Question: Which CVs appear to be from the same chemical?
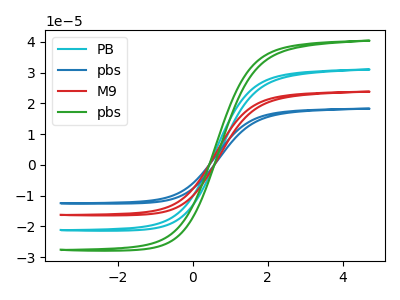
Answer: <think>The cyan curve "PB" has no peaks. The blue curve "pbs" has no peaks. The red curve "M9" has no peaks. The green curve "pbs" has no peaks.
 Neither "PB" or "pbs" have any peaks. Neither "PB" or "M9" have any peaks. Neither "PB" or "pbs" have any peaks. Neither "pbs" or "M9" have any peaks. Neither "pbs" or "pbs" have any peaks. Neither "M9" or "pbs" have any peaks.</think>
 <answer>"pbs", "PB", "pbs" and "M9" have the same shape and are likely CV's of the same chemical.</answer>
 <eval>"pbs" "PB" "pbs" "M9"</eval>